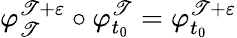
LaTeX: \varphi_{\mathscr{T}}^{\mathscr{T}+\varepsilon}\circ\varphi_{t_{0}}^{\mathscr{T}}=\varphi_{t_{0}}^{\mathscr{T}+\varepsilon}